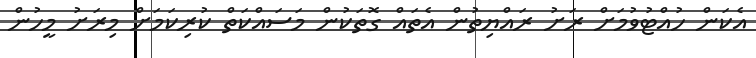
އެކަން ހުއްޓުވުމަށް ރަށު ރައްޔިތުން އެތައް ގޮތަކުން މަސައްކަތް ކުރިކަމަށް މިރަށު މީހުން